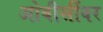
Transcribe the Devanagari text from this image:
ओबीसींवर